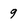
Character: 9